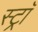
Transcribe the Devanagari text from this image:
स्ट्राॅ